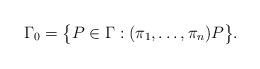
LaTeX: \begin{gather*}\Gamma_0=\bigl\{P\in\Gamma:(\pi_1,\ldots,\pi_n)P\bigr\}.\end{gather*}